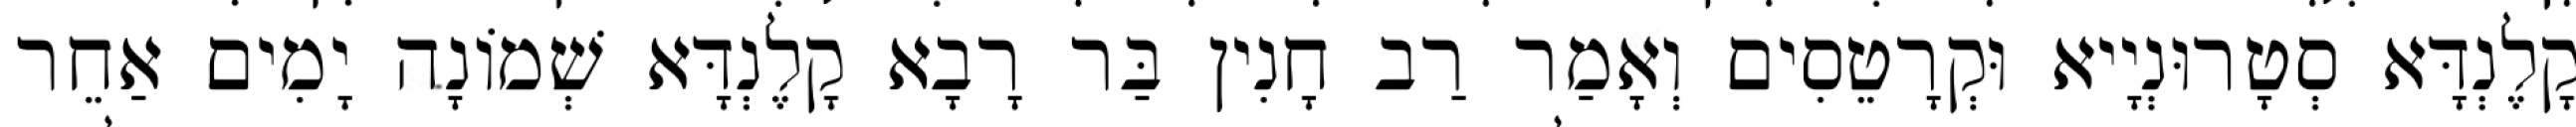
קָלֶנְדָּא סְטָרוּנְיָיא וּקְרָטֵסִים וְאָמַר רַב חָנִין בַּר רָבָא קָלֶנְדָּא שְׁמוֹנָה יָמִים אַחֵר